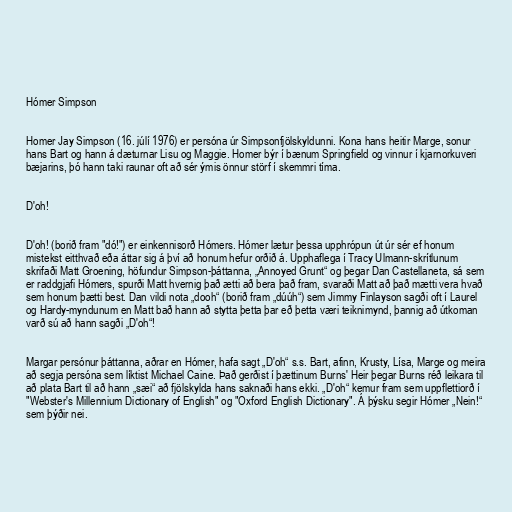
Hómer Simpson

Homer Jay Simpson (16. júlí 1976) er persóna úr Simpsonfjölskyldunni. Kona hans heitir Marge, sonur
hans Bart og hann á dæturnar Lisu og Maggie. Homer býr í bænum Springfield og vinnur í kjarnorkuveri
bæjarins, þó hann taki raunar oft að sér ýmis önnur störf í skemmri tíma.

D'oh!

D'oh! (borið fram "dó!") er einkennisorð Hómers. Hómer lætur þessa upphrópun út úr sér ef honum
mistekst eitthvað eða áttar sig á því að honum hefur orðið á. Upphaflega í Tracy Ulmann-skrítlunum
skrifaði Matt Groening, höfundur Simpson-þáttanna, „Annoyed Grunt“ og þegar Dan Castellaneta, sá sem
er raddgjafi Hómers, spurði Matt hvernig það ætti að bera það fram, svaraði Matt að það mætti vera hvað
sem honum þætti best. Dan vildi nota „dooh“ (borið fram „dúúh“) sem Jimmy Finlayson sagði oft í Laurel
og Hardy-myndunum en Matt bað hann að stytta þetta þar eð þetta væri teiknimynd, þannig að útkoman
varð sú að hann sagði „D'oh“!

Margar persónur þáttanna, aðrar en Hómer, hafa sagt „D'oh“ s.s. Bart, afinn, Krusty, Lísa, Marge og meira
að segja persóna sem líktist Michael Caine. Það gerðist í þættinum Burns' Heir þegar Burns réð leikara til
að plata Bart til að hann „sæi“ að fjölskylda hans saknaði hans ekki. „D'oh“ kemur fram sem uppflettiorð í
"Webster's Millennium Dictionary of English" og "Oxford English Dictionary". Á þýsku segir Hómer „Nein!“
sem þýðir nei.